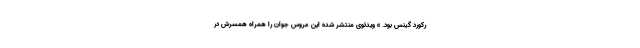
رکورد گینس بود. » ویدئوی منتشر شده این عروس جوان را همراه همسرش در